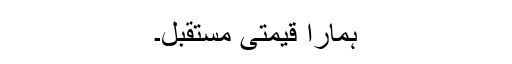
ہمارا قیمتی مستقبل۔